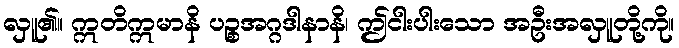
လှူ၏။ ဣတိဣမာနိ ပဉ္စအဂ္ဂဒါနာနိ၊ ဤငါးပါးသော အဦးအလှူတို့ကို။